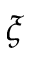
\xi